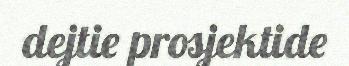
dejtie prosjektide